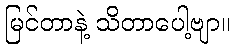
မြင်တာနဲ့ သိတာပေါ့ဗျာ။